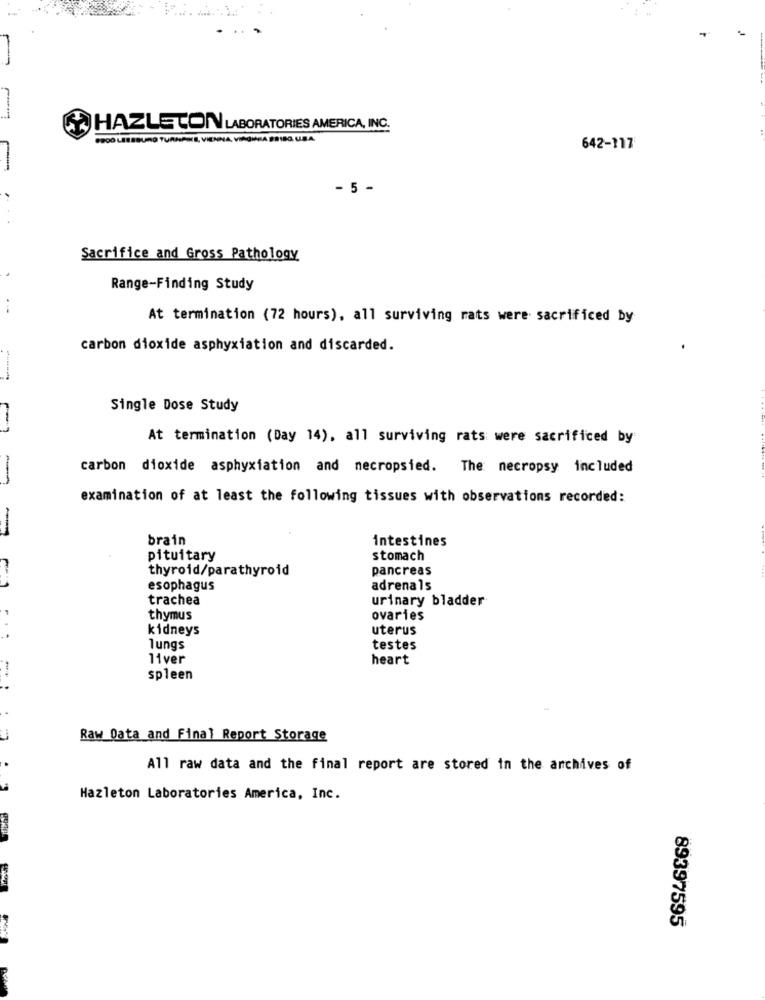
HAZLETON LABORATORIES AMERICA, INC.
9900 LEESBURG TURNPIKE, VIENNA, VIRGINIA PRISG. U.S.A.
642-117
- 5 -
Sacrifice and Gross Pathology
Range-Finding Study
At termination (72 hours), all surviving rats were sacrificed by
carbon dioxide asphyxiation and discarded.
Single Dose Study
At termination (Day 14), all surviving rats were sacrificed by
carbon dioxide asphyxiation and necropsied. The necropsy included
-
examination of at least the following tissues with observations recorded:
brain
intestines
pituitary
stomach
thyroid/parathyroid
pancreas
esophagus
adrenals
trachea
urinary bladder
thymus
ovaries
kidneys
uterus
lungs
testes
11ver
heart
spleen
Raw Data and Final Report Storage
All raw data and the final report are stored in the archives of
Hazleton Laboratories America, Inc.
89397595